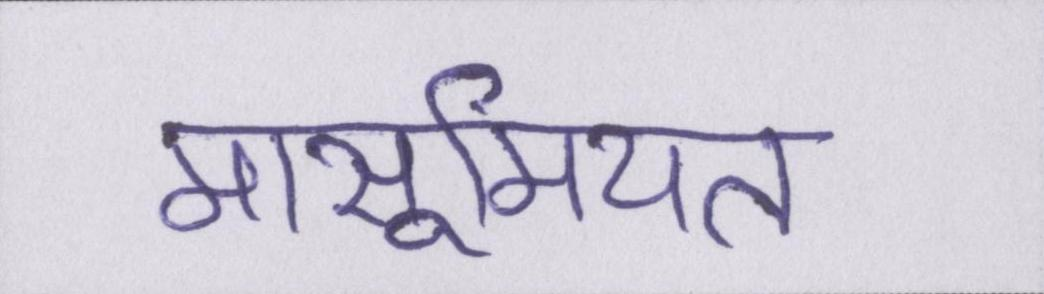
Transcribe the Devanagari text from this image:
मासूमियत